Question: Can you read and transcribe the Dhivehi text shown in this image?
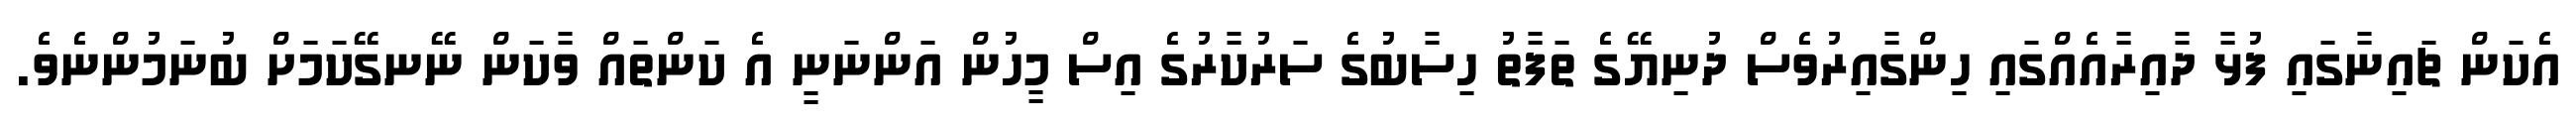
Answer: އެކަން ޗައިނާގައި ފުޅާ ދާއިރާއެއްގައި ހިންގާއިރުވެސް ދުނިޔޭގެ ތަފާތު ހިސާބުގެ ސަރުކާރުގެ އިސް މީހުން އަންނަނީ އެ ކަންތައް ވާކަން ނޭނގޭކަމަށް ބުނަމުންނެވެ.